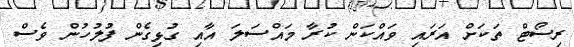
ރިސޯޓް ތަކަށް އަރައި ވައްކަން ކުރާ މައްސަލަ އާއި ގުޅިގެން ފުލުހުން ވެސް